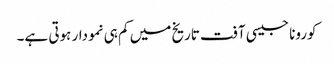
کورونا جیسی آفت تاریخ میں کم ہی نمودار ہوتی ہے۔